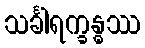
သင်္ခါရက္ခန္ဓဿ